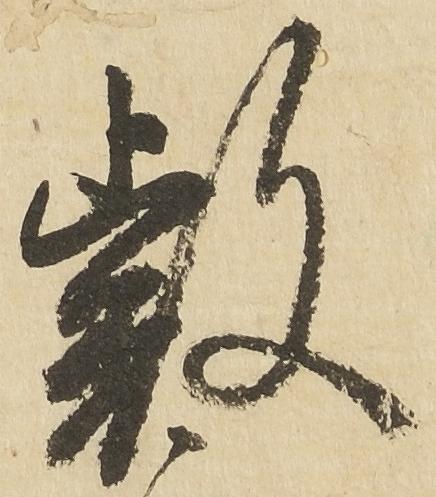
叡